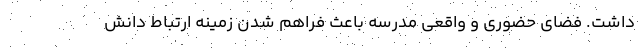
داشت. ‌فضای حضوری و واقعی مدرسه باعث فراهم شدن زمینه ارتباط دانش